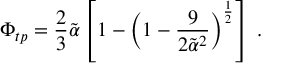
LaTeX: \Phi _ { t p } = \frac { 2 } { 3 } \tilde { \alpha } \left[ 1 - \left( 1 - \frac { 9 } { 2 \tilde { \alpha } ^ { 2 } } \right) ^ { \frac { 1 } { 2 } } \right] \; .